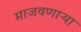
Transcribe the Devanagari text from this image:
माजवणाऱ्या